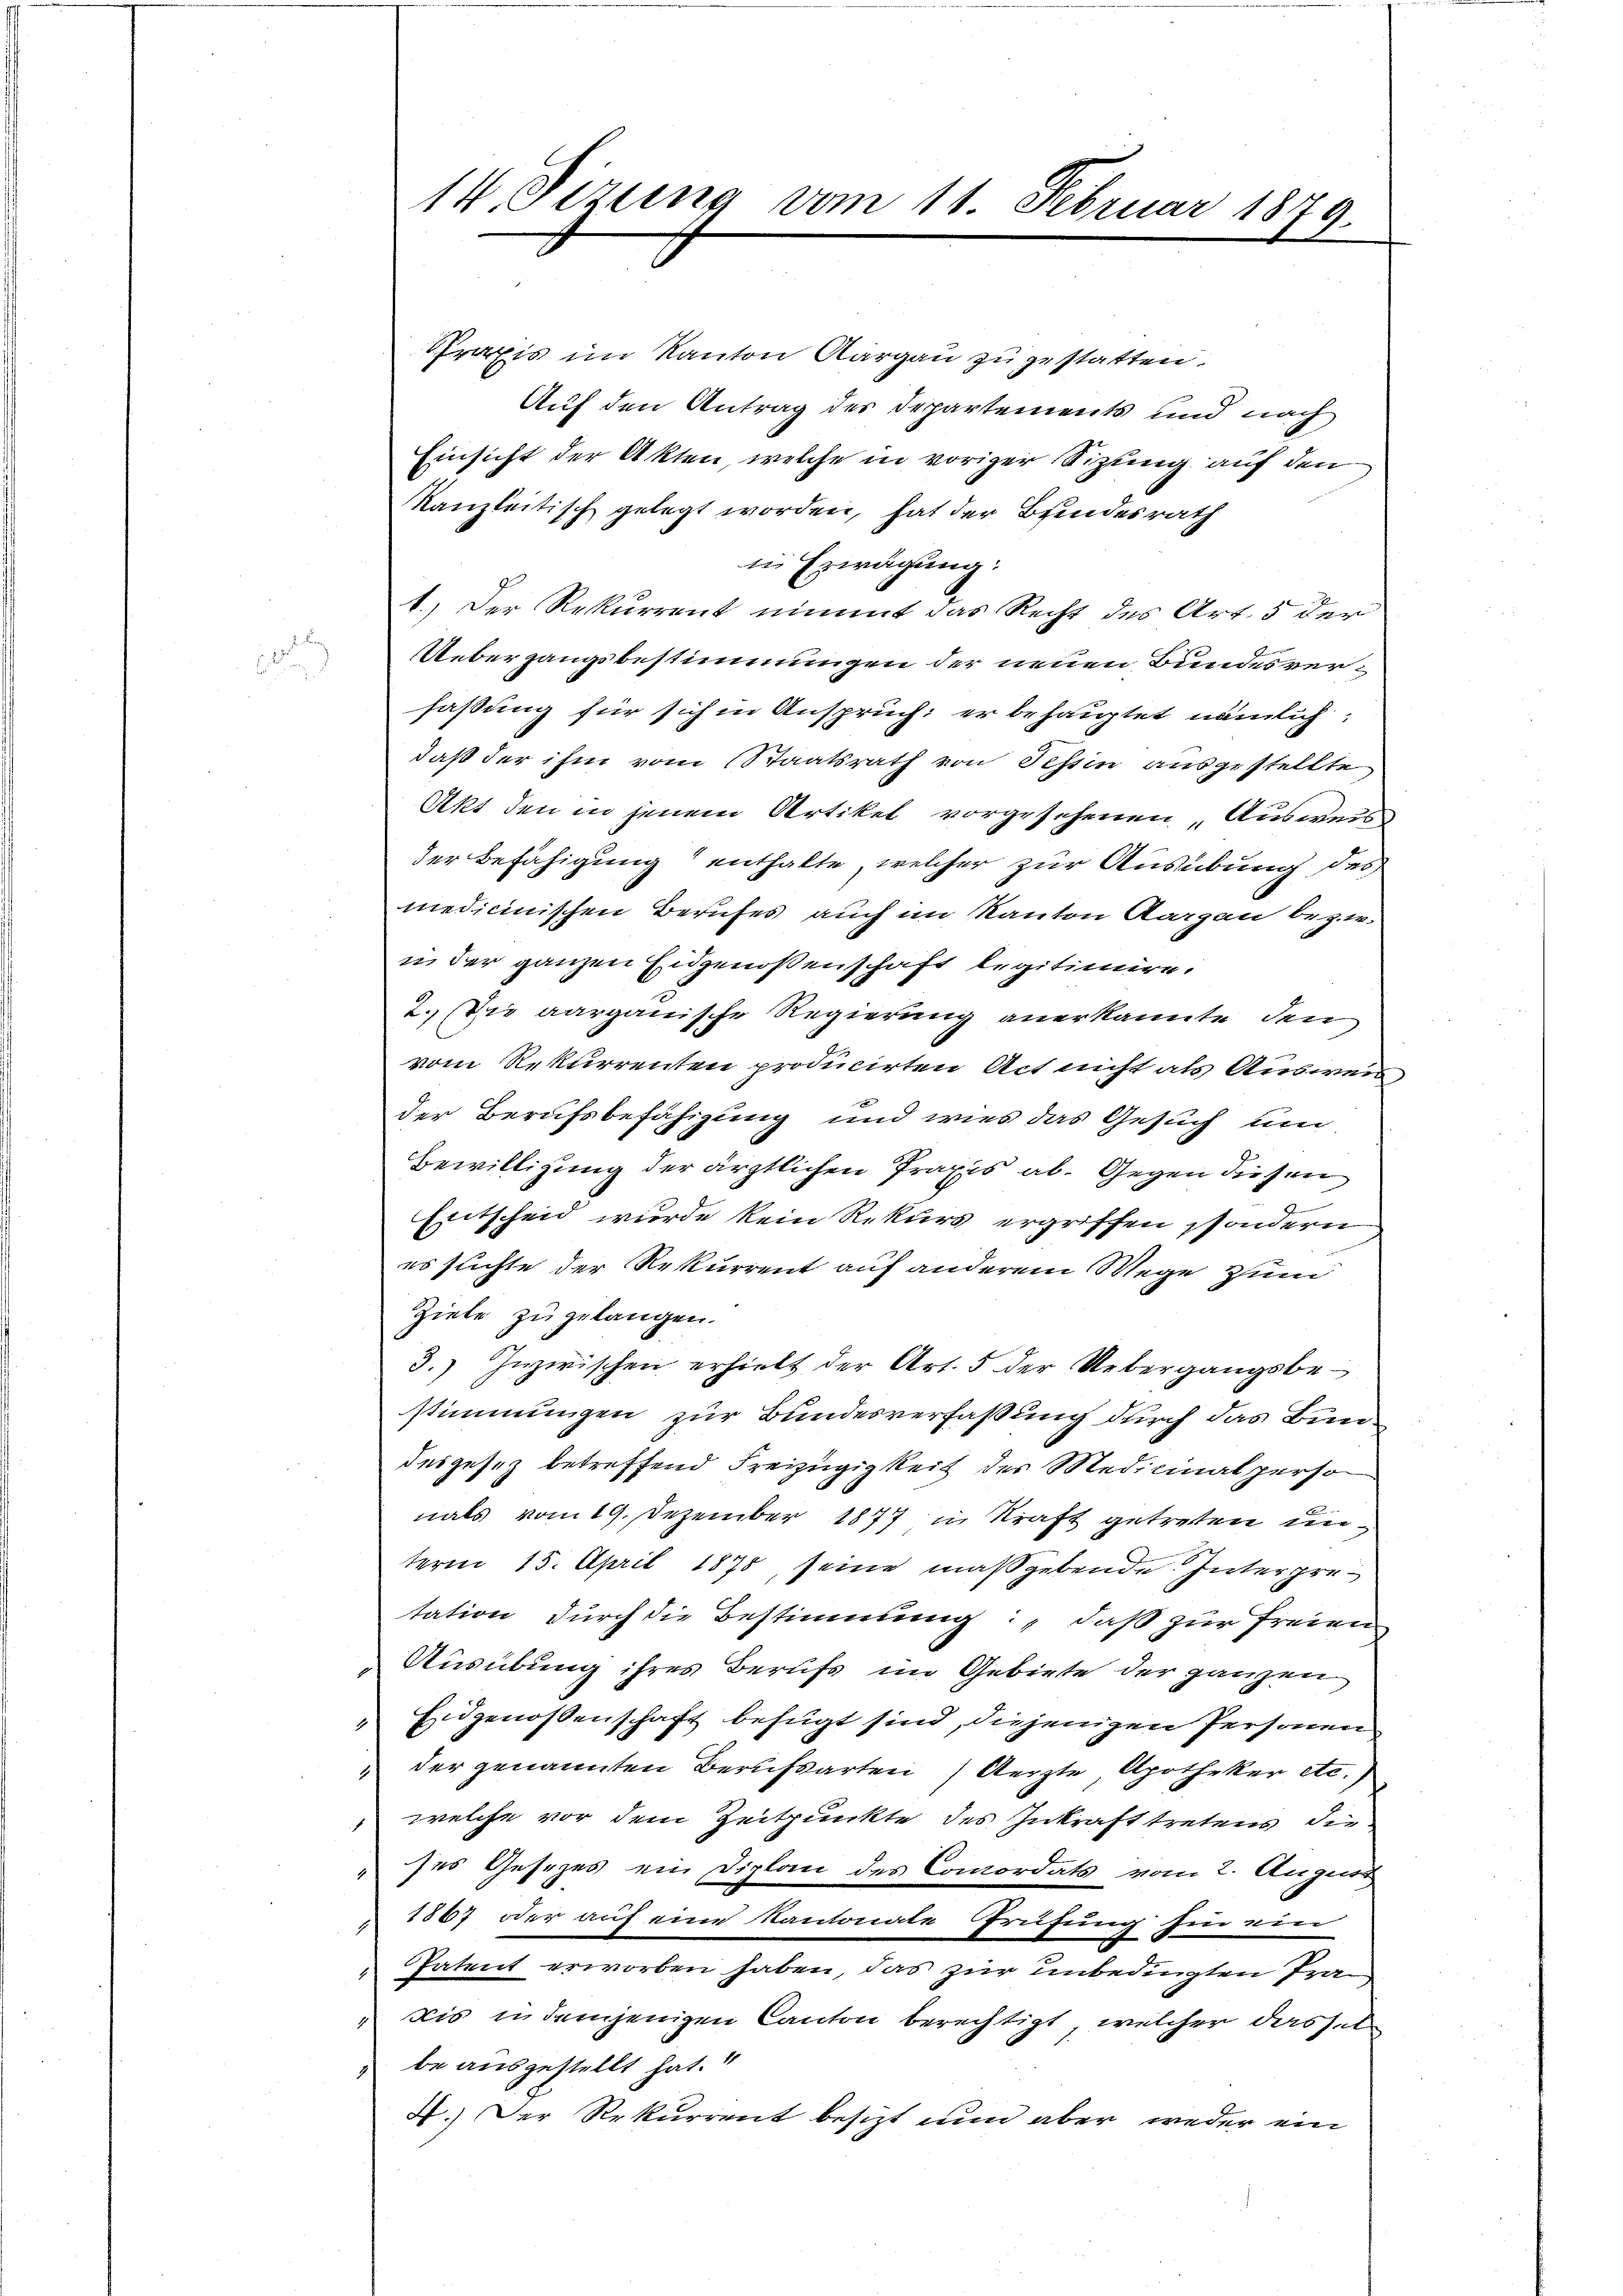
Praxis im Kanton Aargau zugestatten.
Auf den Antrag des Departements und nach
Einsicht der Akten, welche in voriger Sizung auf den
kanzleitisch gelegt worden, hat der Beindesrath
in Erwägung:
1.) Der Rekurrent nimmt das Recht des Art. 5 der
Uebergangsbestimmungen der neuen Bundesverfaßung für sich in Anspruch: er behauptet nämlich,
daß der ihm vom Staatsrath von Tessin ausgestellte
Akt den in jenem Artikel vorgesehenen „Ausweis
der Befähigung enthalte, welcher zur Ausübung des
medicinischen Berufes auch im Kanton Rargau bezw.
in der ganzen Eidgenoßenschaft legitimire.
2. Wie aargauische Regierung anerkannte, den
vom Rekurrenten producirten Act nicht als Ausweis,
der Berufsbefähigung und wies das Gesuch um
Bewilligung der ärztlichen Praxis ab. Gegen diesen
.
Entscheid wurde kein Rekurs ergriffen, sondern
es suchte der Rekurrent auf anderem Wege zum
Ziele zuzulangen.
3.) Inzwischen erhielt der Art. 5 der Uebergangsbestimmungen zur Bundesverfaßung durch das Bundesgesez betreffend Freizügigkeit der Medicinalperso
nals vom 19. Dezember 1877 in Kraft getreten un
term 15. April 1875, seine maßgebende Interpretation durch die Bestimmung: „daß zur freien
Ausübung ihres Berufs im Gebiete der ganzen
" Eidgenossenschaft befugt sind, diejenigen Personen
" der genannten Berufsarten Aerzte Apotheker etc.)
welche vor dem Zeitpunkte des Inkrafttretens die
ses Gesezes ein Diplan des Comordats vom 2. August
" 1867 oder auf eine Kantonale Prüfung hin ein
" Patent erworben haben, das zur unbedingten Tran
bis in demjenigen Canton berechtigt, welcher das st
be ausgestellt hat.
4.) Der Rekurrent besizt nun aber weder ein

14. Sizung vom 11. Februar 1879.